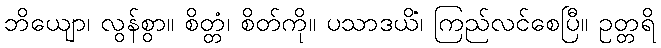
ဘိယျော၊ လွန်စွာ။ စိတ္တံ၊ စိတ်ကို။ ပသာဒယိံ၊ ကြည်လင်စေပြီ။ ဥတ္တရိ